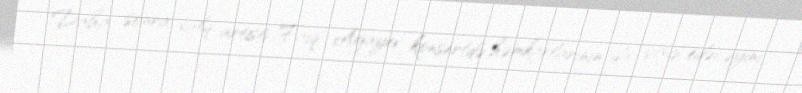
Daha sonra xalq artisti Faiq Ağayev konsertdə həmkarlarının da çıxış edəcəyini